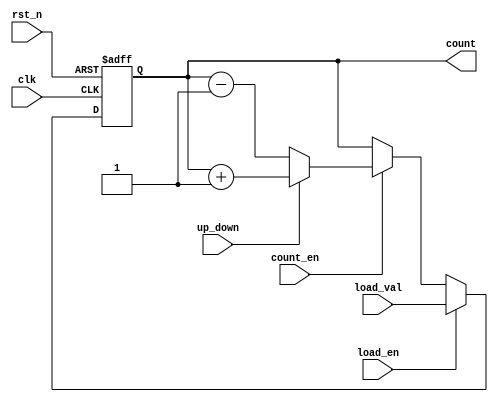
module async_load_counter (
    input wire clk,           // Clock input
    input wire rst_n,        // Asynchronous reset (active low)
    input wire load_en,      // Asynchronous load enable
    input wire count_en,     // Count enable
    input wire up_down,      // Control signal for counting direction (1 for up, 0 for down)
    input wire [7:0] load_val, // Value to load when load_en is asserted
    output reg [7:0] count   // 8-bit counter output
);

// Asynchronous reset and load logic
always @(posedge clk or negedge rst_n) begin
    if (!rst_n) begin
        count <= 8'b0; // Reset counter to 0
    end else if (load_en) begin
        count <= load_val; // Load the new value asynchronously
    end else if (count_en) begin
        if (up_down) begin
            count <= count + 1; // Increment count
        end else begin
            count <= count - 1; // Decrement count
        end
    end
end

endmodule